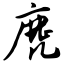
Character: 麂